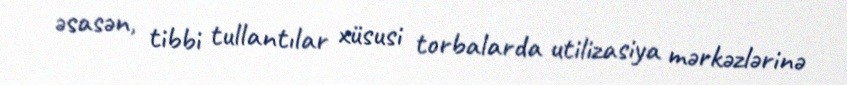
əsasən, tibbi tullantılar xüsusi torbalarda utilizasiya mərkəzlərinə